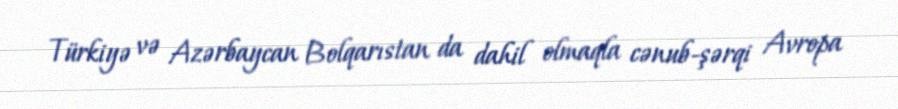
Türkiyə və Azərbaycan Bolqarıstan da dahil olmaqla cənub-şərqi Avropa